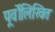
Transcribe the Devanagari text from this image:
पूर्वोलिखित